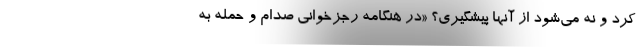
کرد و نه می‌شود از آنها پیشگیری؟ «در هنگامه رجزخوانی صدام و حمله به